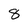
Character: 8